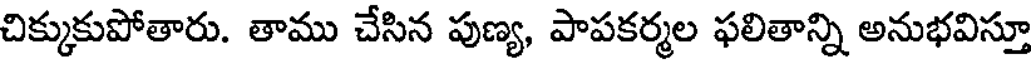
చిక్కుకుపోతారు. తాము చేసిన పుణ్య, పాపకర్మల ఫలితాన్ని అనుభవిస్తూ